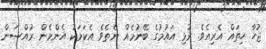
ޖުހާ ހިތައް އެރިއެވެ. ރުޅި އައުމުގެ ބޭނުމެއް ނެތެވެ. އެކަމަކު އެންމެން ރުއްސަން